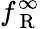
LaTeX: f_{\mathrm{~R~}}^{\infty}